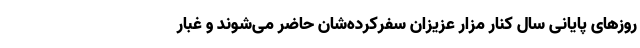
روزهای پایانی سال کنار مزار عزیزان سفرکرده‌شان حاضر می‌شوند و غبار